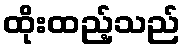
ထိုးထည့်သည်